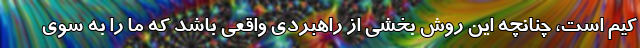
کیم است، چنانچه این روش بخشی از راهبردی واقعی باشد که ما را به سوی